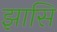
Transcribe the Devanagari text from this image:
झासि